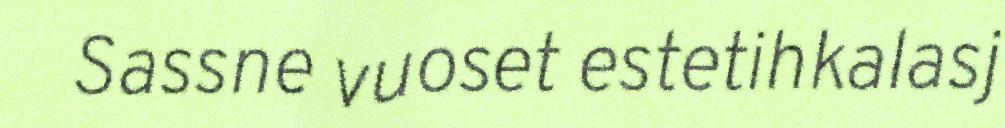
Sassne vuoset estetihkalasj